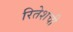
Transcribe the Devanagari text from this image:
रितेशची